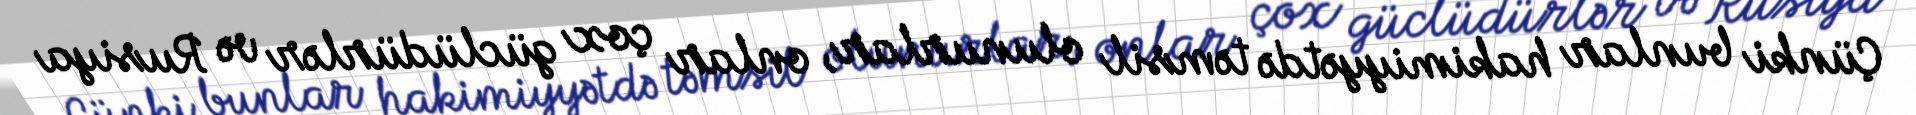
Çünki bunlar hakimiyyətdə təmsil olunurlar, onlar çox güclüdürlər və Rusiya